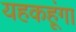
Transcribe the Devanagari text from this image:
यहकहूंगा